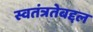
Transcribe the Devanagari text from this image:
स्वतंत्रतेबद्दल